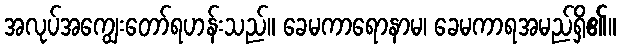
အလုပ်အကျွေးတော်ရဟန်းသည်။ ခေမကာရောနာမ၊ ခေမကာရအမည်ရှိ၏။